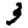
Digit: 3